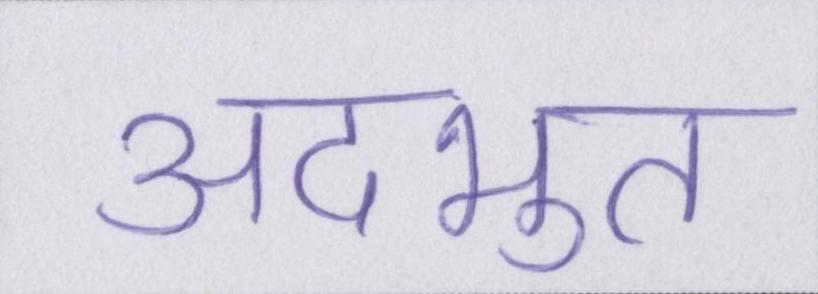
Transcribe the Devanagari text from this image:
अदभुत